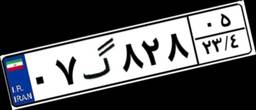
۰۷گ۸۲۸۰۵